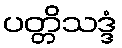
ပတ္တိသဒ္ဒံ